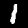
Label: 1